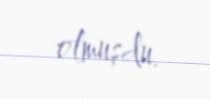
olmuşdu.